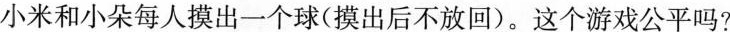
小米和小朵每人摸出一个球(摸出后不放回)。这个游戏公平吗?